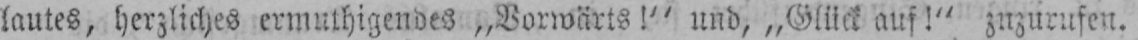
lautes, herzliches ermuthigendes „Vorwärts!“ und, „Glück auf!“ zuzurufen.